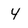
Character: 4